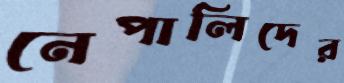
নেপালিদের